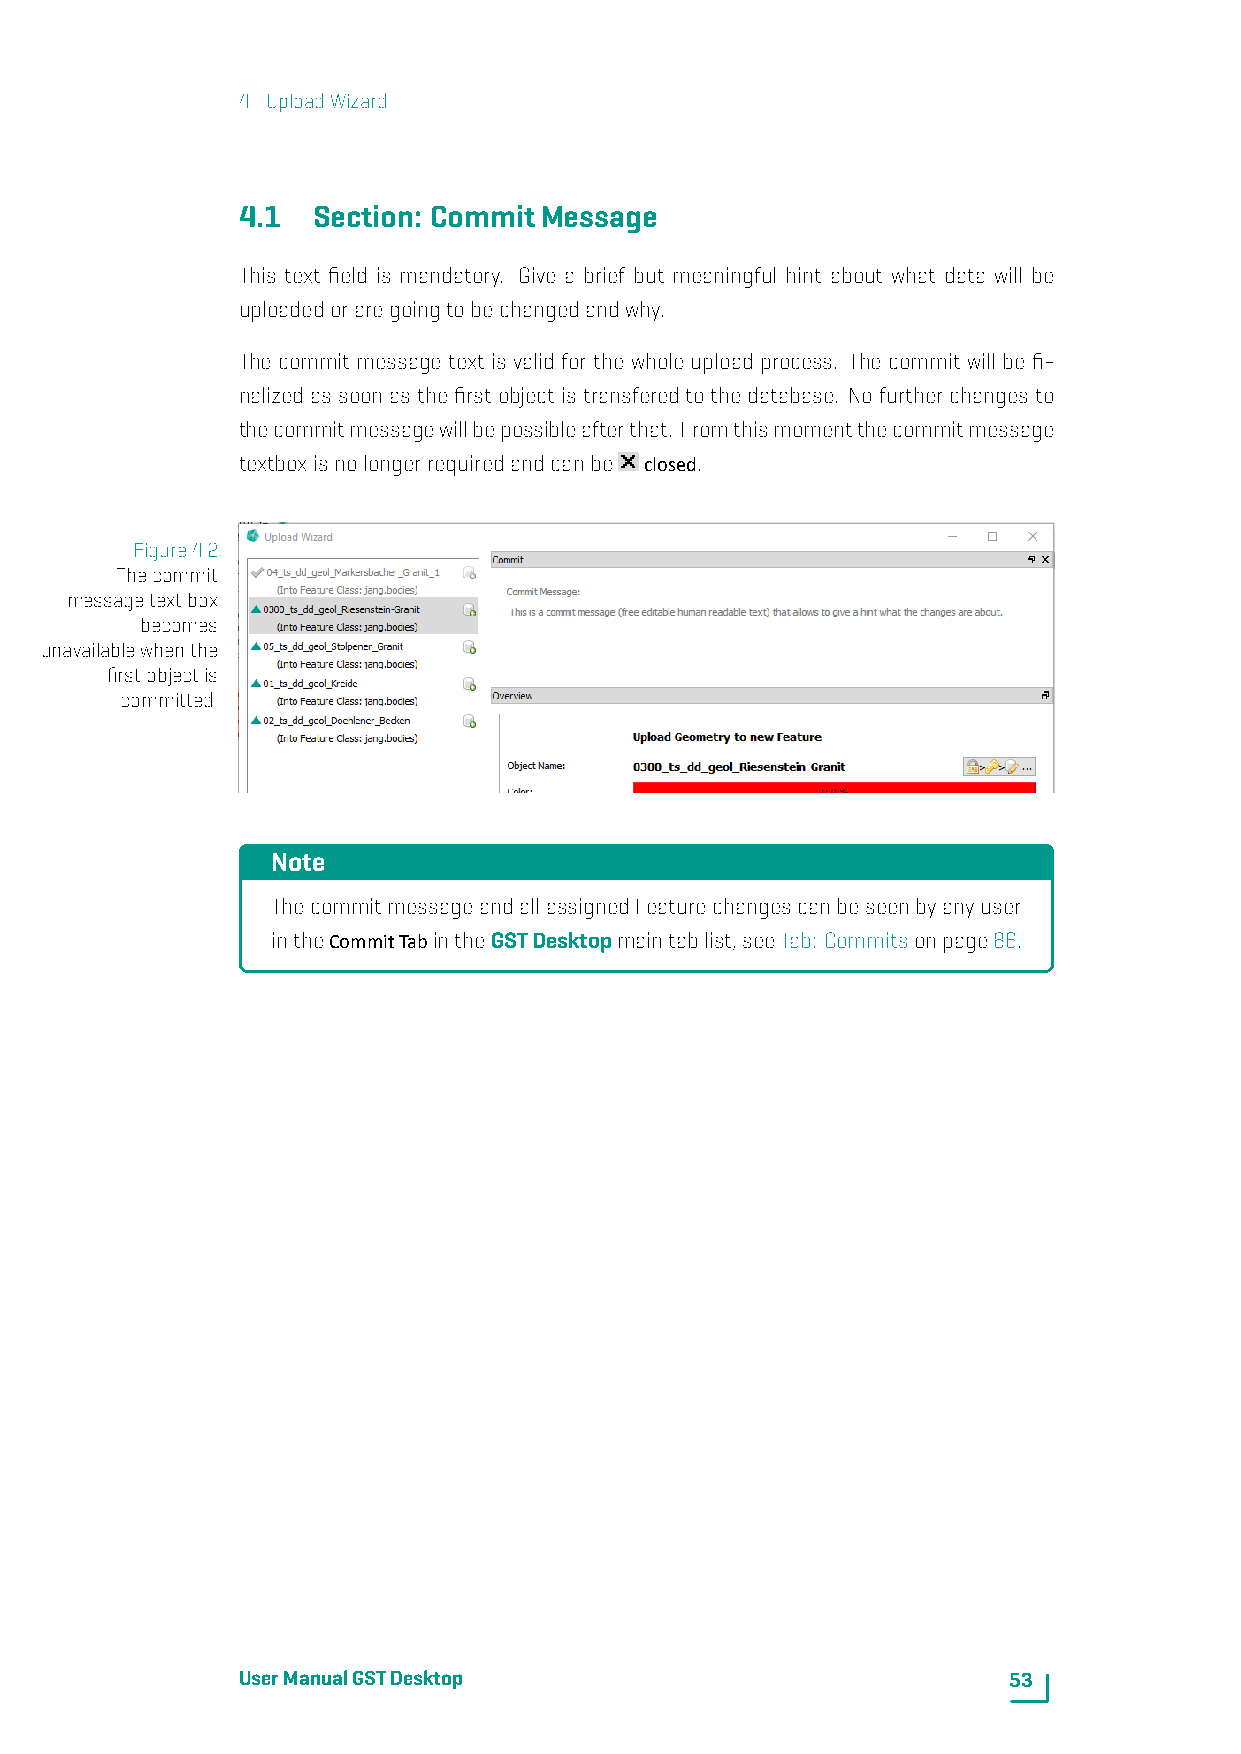
4. UploadWizard
 4.1  Section: CommitMessage
 This text field is mandatory. Give a brief but meaningful hint about what data will be
 uploadedoraregoingtobechangedandwhy.
 The commit message text is valid for the whole upload process. The commit will be fi-
 nalizedassoonasthefirstobjectistransferedtothedatabase. Nofurtherchangesto
 thecommitmessagewillbepossibleafterthat. Fromthismomentthecommitmessage
 textboxisnolongerrequiredandcanbe closed.
 Figure4.2
 Thecommit
 messagetextbox
 becomes
 unavailablewhenthe
 firstobjectis
 committed.
 Note
 ThecommitmessageandallassignedFeaturechangescanbeseenbyanyuser
 intheCommitTabintheGSTDesktopmaintablist,seeTab: Commitsonpage86.
 UserManualGSTDesktop                               53